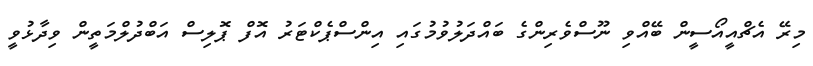
މިރޭ އެޗްއީއޯސީން ބޭއްވި ނޫސްވެރިންގެ ބައްދަލުވުމުގައި އިންސްޕެކްޓަރު އޮފް ޕޮލިސް އަބްދުލްމަތީން ވިދާޅުވީ